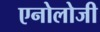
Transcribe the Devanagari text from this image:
एनोलोजी